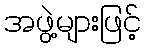
အဖွဲ့များဖြင့်